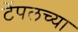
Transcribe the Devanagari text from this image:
टेंपलच्या